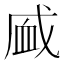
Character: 𰳧